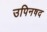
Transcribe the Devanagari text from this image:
उपिनषद